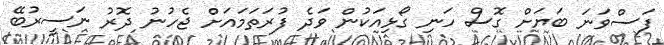
ފަސްވަނަ ބަޔަށް ގޮސް ހަނި ގޯޅިއަކުން ވަދެ ފުރަތަމައަށް ޖެހުނު ދޮރު ނަސީރުބޭ